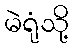
မဲရုံသို့